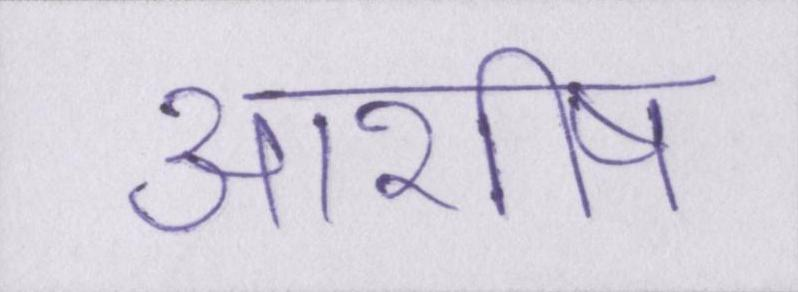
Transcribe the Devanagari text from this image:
आशीष